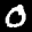
Label: 0